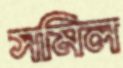
সমিল